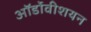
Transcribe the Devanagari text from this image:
ऑर्डोवीशयन